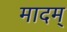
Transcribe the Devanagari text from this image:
मादम्